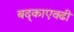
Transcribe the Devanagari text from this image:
बद्काएवढी